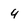
Character: 4